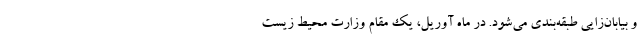
و بیابان‌زایی طبقه‌بندی می‌شود. در ماه آوریل، یک مقام وزارت محیط زیست